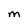
Character: m